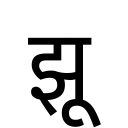
OCR:
झू